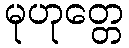
မုဟုတ္တေ